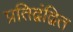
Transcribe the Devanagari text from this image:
प्रतिद्वंद्वित